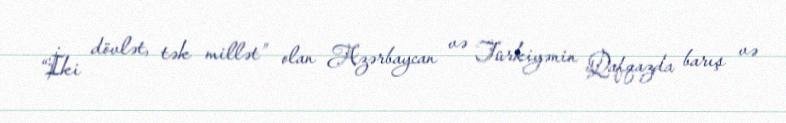
“İki dövlət, tək millət” olan Azərbaycan və Türkiyənin Qafqazda barış və